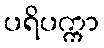
ပရိပက္ကာ